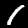
Digit: 1